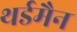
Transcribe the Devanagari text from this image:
थर्डमैन